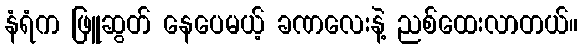
နံရံက ဖြူဆွတ် နေပေမယ့် ခဏလေးနဲ့ ညစ်ထေးလာတယ်။